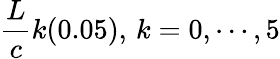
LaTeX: {\frac{L}{c}}k(0.05),\, k=0,\cdots,5